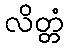
လိတ္တံ